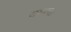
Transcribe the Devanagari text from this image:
चम्मच।